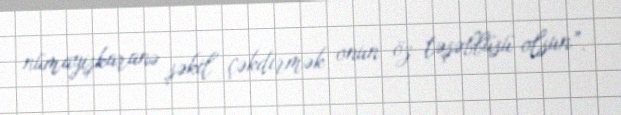
nümayişkaranə şəkil çəkdirmək onun öz təşəbbüsü olsun”.